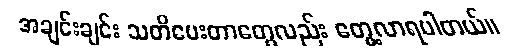
အချင်းချင်း သတိပေးတာတွေလည်း တွေ့လာရပါတယ်။